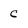
Character: C